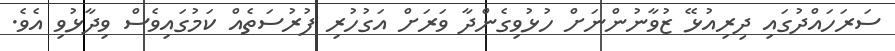
ސަރަހައްދުގައި ދިރިއުޅޭ ޒުވާނުންނަށް ހުޅުވިގެންދާ ވަރަށް އަގުހުރި ފުރުސަތެއް ކަމުގައިވެސް ވިދާޅުވި އެވެ.